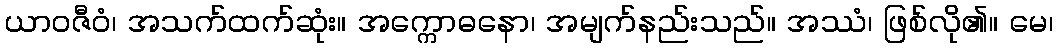
ယာဝဇီဝံ၊ အသက်ထက်ဆုံး။ အက္ကောဓနော၊ အမျက်နည်းသည်။ အဿံ၊ ဖြစ်လို၏။ မေ၊